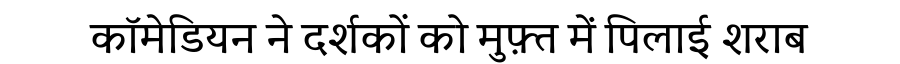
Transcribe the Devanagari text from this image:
कॉमेडियन ने दर्शकों को मुफ़्त में पिलाई शराब